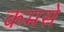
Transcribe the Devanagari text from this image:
कमसे